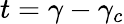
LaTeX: t=\gamma-\gamma_{c}